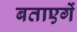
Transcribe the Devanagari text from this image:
बताएगें